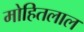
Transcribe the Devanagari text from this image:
मोहितलाल